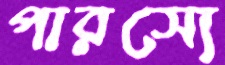
পারস্যে